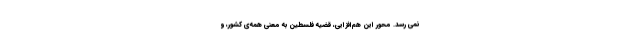
نمی رسد. محور این هم‌افزایی، قضیّه‌ فلسطین به‌ معنی همه‌ی کشور، و